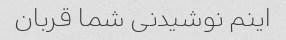
اینم نوشیدنی شما قربان